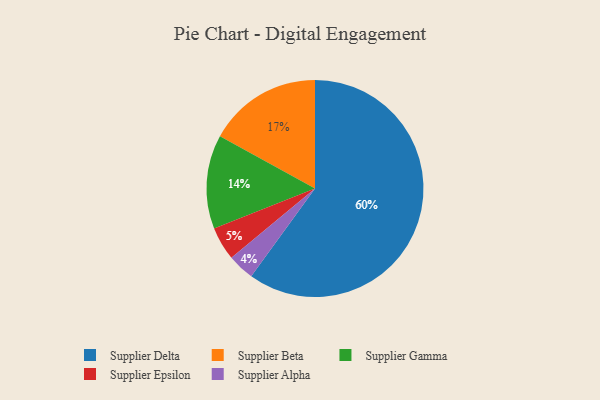
{"axis": {"x": "Category", "y": "Percentage"}, "legend": ["Supplier Alpha", "Supplier Beta", "Supplier Delta", "Supplier Epsilon", "Supplier Gamma"], "data": [{"x": "Supplier Delta", "y": 60, "type": "Supplier Delta"}, {"x": "Supplier Gamma", "y": 14, "type": "Supplier Gamma"}, {"x": "Supplier Beta", "y": 17, "type": "Supplier Beta"}, {"x": "Supplier Alpha", "y": 4, "type": "Supplier Alpha"}, {"x": "Supplier Epsilon", "y": 5, "type": "Supplier Epsilon"}]}